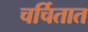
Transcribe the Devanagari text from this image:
चर्चितात